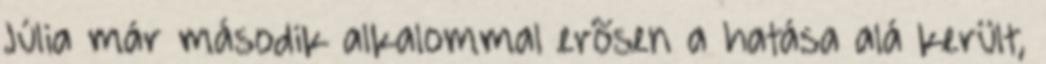
Júlia már második alkalommal erõsen a hatása alá került,